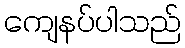
ကျေနပ်ပါသည်